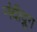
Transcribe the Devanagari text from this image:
नंदीद्रुग